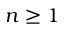
n \geq 1